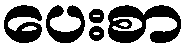
ပေးစာ